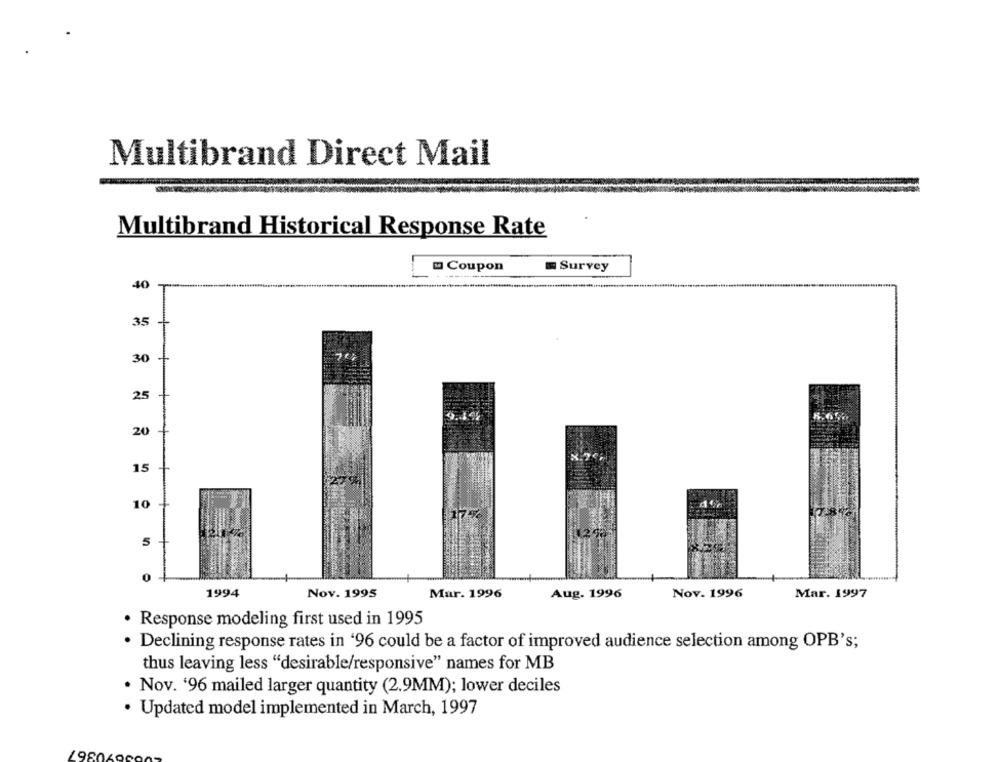
Multibrand Direct Mail
Multibrand Historical Response Rate
- Coupon
Survey
40
35
30
25
20
15
10
5
0
1994
Nov. 1995
Mar. 1996
Aug. 1996
Nov. 1996
Mar. 1997
· Response modeling first used in 1995
· Declining response rates in '96 could be a factor of improved audience selection among OPB's;
thus leaving less "desirable/responsive" names for MB
. Nov. '96 mailed larger quantity (2.9MM); lower deciles
· Updated model implemented in March, 1997
190